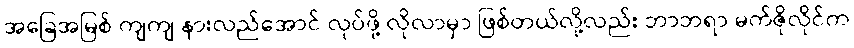
အခြေအမြစ် ကျကျ နားလည်အောင် လုပ်ဖို့ လိုလာမှာ ဖြစ်တယ်လို့လည်း ဘာဘရာ မက်ဇိုလိုင်က